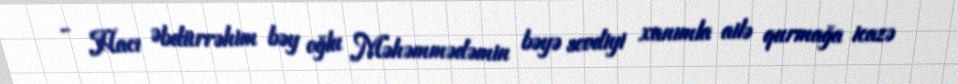
- Hacı Əbdürrəhim bəy oğlu Məhəmmədəmin bəyə sevdiyi xanımla ailə qurmağa icazə